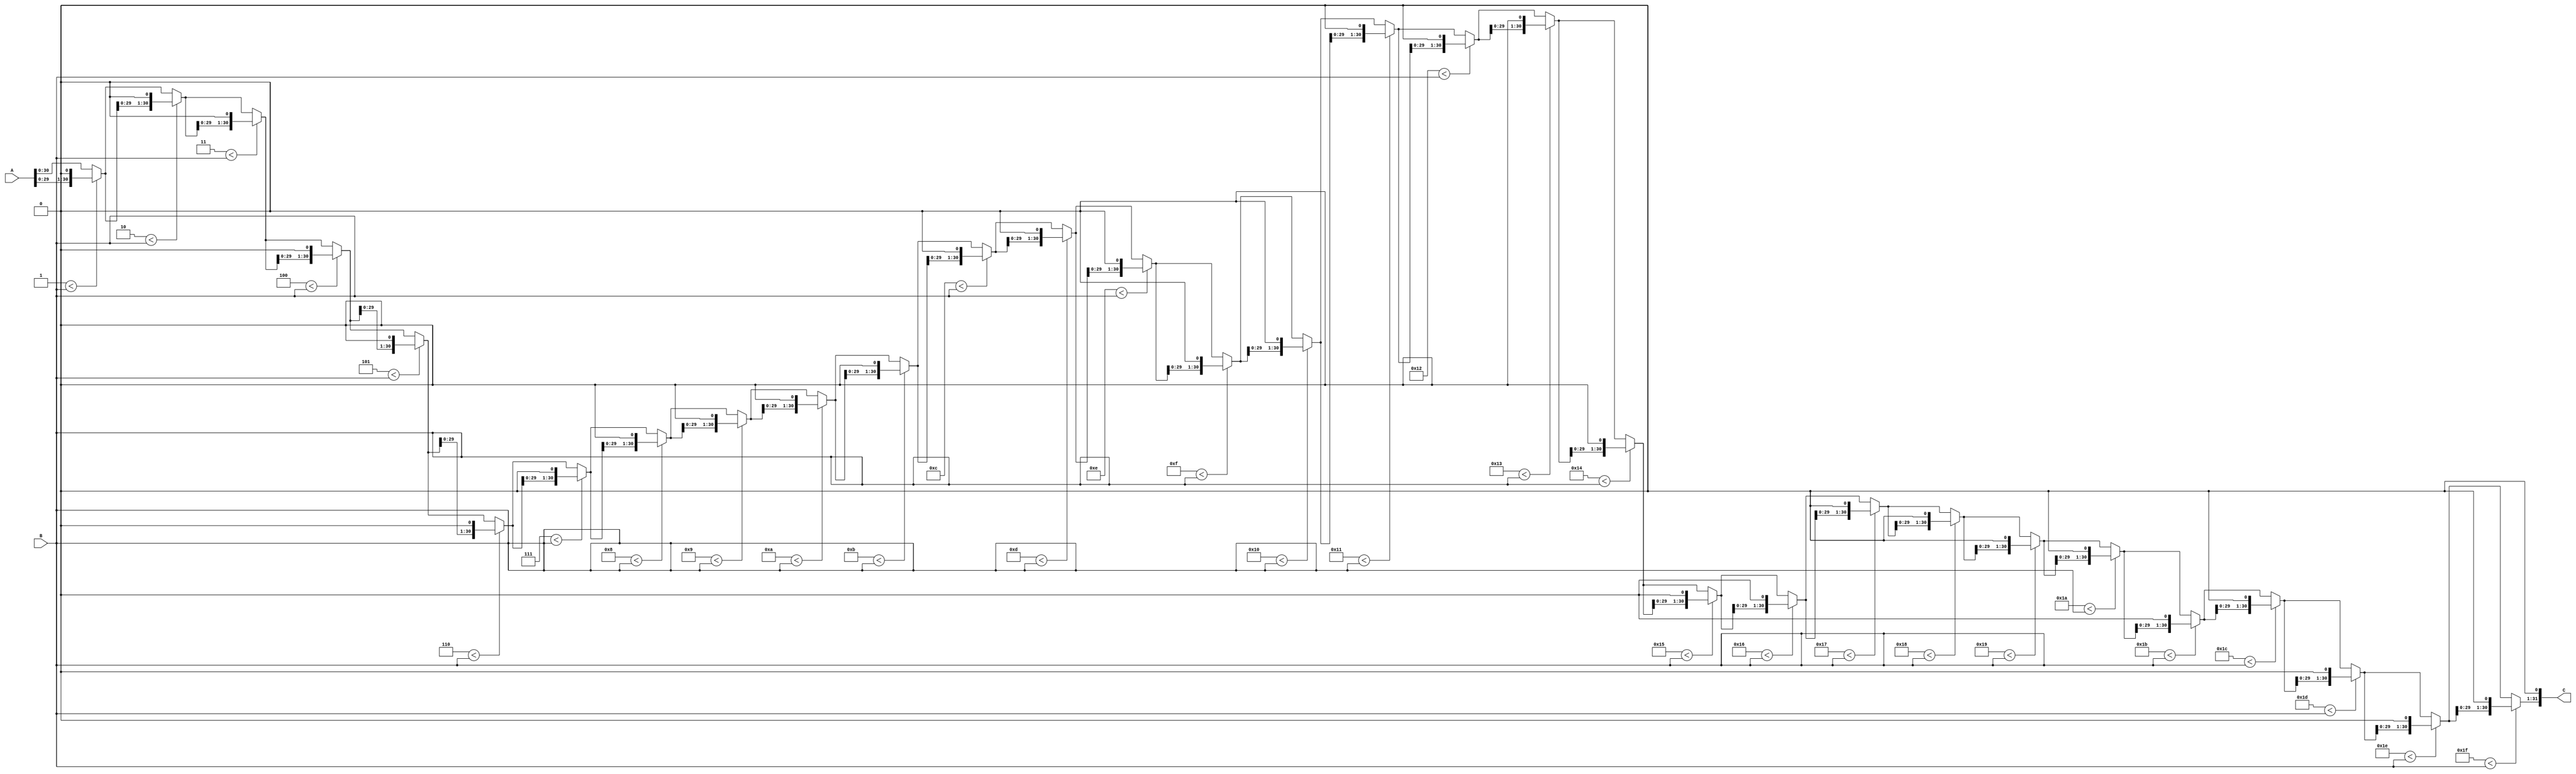
module shift_left(output reg [31:0] C, input [31:0] A, B);
	integer i; 
	always @(*) begin
		C[0] = 0;
		C[31:1] = A[30:0];
		for (i = 1; i < 32; i = i + 1) begin
			if(i < B)begin
				C[31:1] = C[30:0];
				C[0] = 0;
			end
		end
	end
endmodule